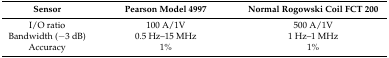
<table><thead><tr><td><b>Sensor</b></td><td><b>Pearson Model 4997</b></td><td><b>Normal Rogowski Coil FCT 200</b></td></tr></thead><tbody><tr><td>I/O ratio</td><td>100 A/1V</td><td>500 A/1V</td></tr><tr><td>Bandwidth (−3 dB)</td><td>0.5 Hz–15 MHz</td><td>1 Hz–1 MHz</td></tr><tr><td>Accuracy</td><td>1%</td><td>1%</td></tr></tbody></table>